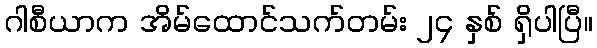
ဂါစီယာက အိမ်ထောင်သက်တမ်း ၂၄ နှစ် ရှိပါပြီ။